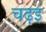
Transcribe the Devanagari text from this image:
चढ़इ